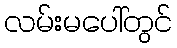
လမ်းမပေါ်တွင်